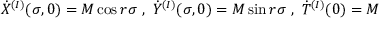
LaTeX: { \dot { X } } ^ { ( I ) } ( \sigma , 0 ) = M \cos r \sigma ~ , ~ { \dot { Y } } ^ { ( I ) } ( \sigma , 0 ) = M \sin r \sigma ~ , ~ { \dot { T } } ^ { ( I ) } ( 0 ) = M